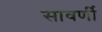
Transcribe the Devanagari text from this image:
सावर्णी